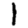
Digit: 1